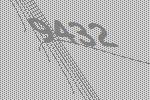
9432